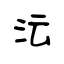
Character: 沄